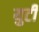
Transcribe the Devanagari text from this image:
युटी